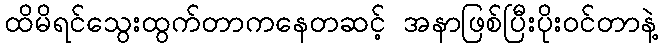
ထိမိရင်သွေးထွက်တာကနေတဆင့် အနာဖြစ်ပြီးပိုးဝင်တာနဲ့